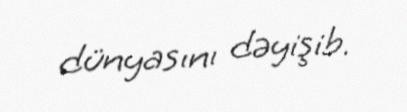
dünyasını dəyişib.